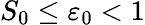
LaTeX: S_{0}\le\varepsilon_{0}<1